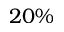
2 0 \%